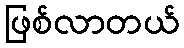
ဖြစ်လာတယ်